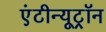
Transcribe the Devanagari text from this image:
एंटीन्यूट्रॉन